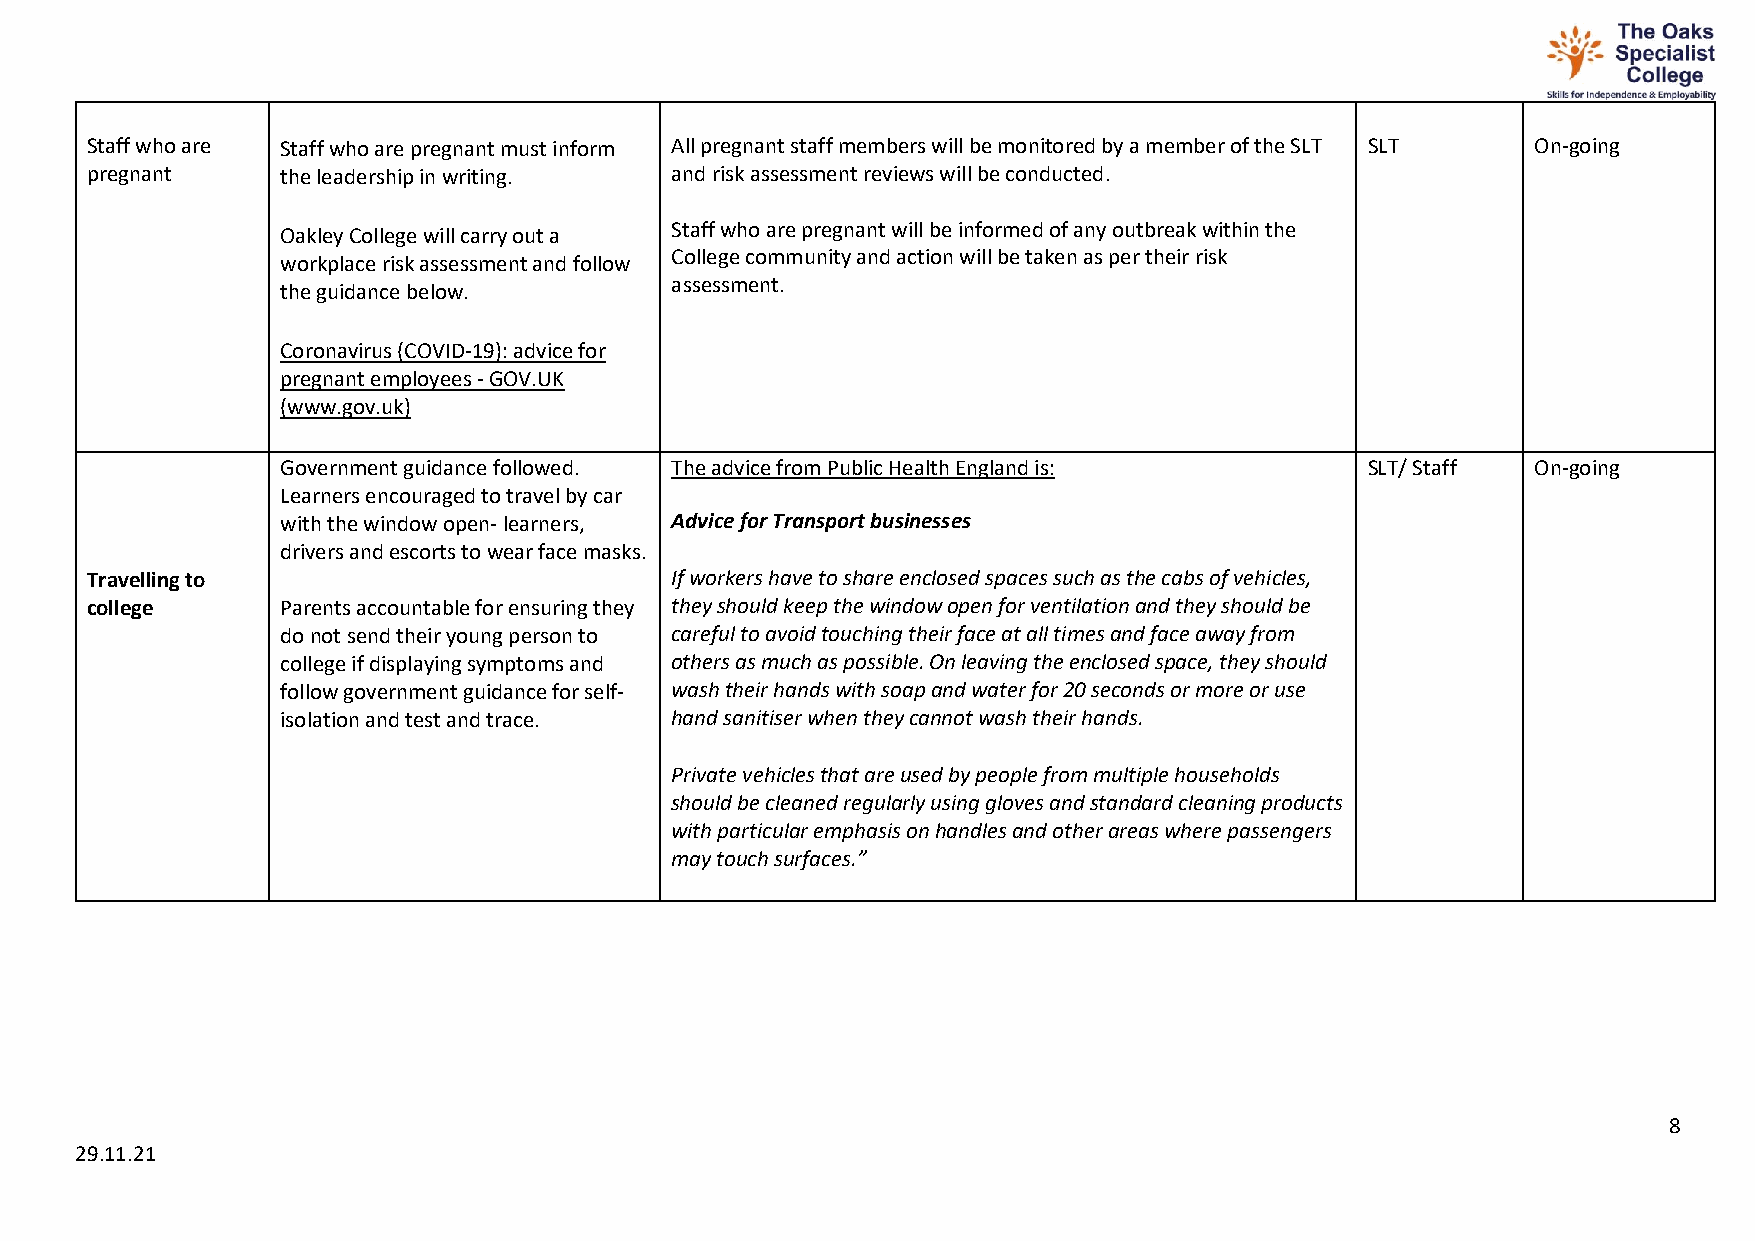
Staff who are Staff who are pregnant must inform All pregnant staff members will be monitored by a member of the SLT SLT On-going
 pregnant     the leadership in writing. and risk assessment reviews will be conducted.
 Staff who are pregnant will be informed of any outbreak within the
 Oakley College will carry out a
 College community and action will be taken as per their risk
 workplace risk assessment and follow
 assessment.
 the guidance below.
 Coronavirus (COVID-19): advice for
 pregnant employees - GOV.UK
 (www.gov.uk)
 Government guidance followed. The advice from Public Health England is: SLT/ Staff On-going
 Learners encouraged to travel by car
 with the window open- learners, Advice for Transport businesses
 drivers and escorts to wear face masks.
 Travelling to                         If workers have to share enclosed spaces such as the cabs of vehicles,
 college      Parents accountable for ensuring they they should keep the window open for ventilation and they should be
 do not send their young person to careful to avoid touching their face at all times and face away from
 college if displaying symptoms and others as much as possible. On leaving the enclosed space, they should
 follow government guidance for self- wash their hands with soap and water for 20 seconds or more or use
 isolation and test and trace. hand sanitiser when they cannot wash their hands.
 Private vehicles that are used by people from multiple households
 should be cleaned regularly using gloves and standard cleaning products
 with particular emphasis on handles and other areas where passengers
 may touch surfaces.”
 8
 29.11.21